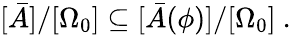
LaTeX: [\bar{A}]/[\Omega_{0}]\subseteq[\bar{A}(\phi)]/[\Omega_{0}]\ .